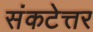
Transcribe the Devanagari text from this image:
संकटेत्तर